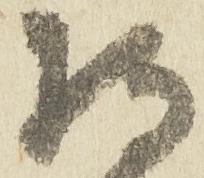
持